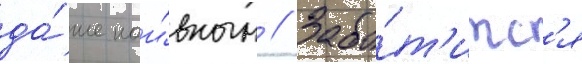
да́же наи́вным // Забо́т'итс'я